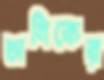
অনিকের